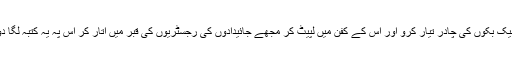
چیک بکوں کی چادر تیار کرو اور اس کے کفن میں لپیٹ کر مجھے جائیدادوں کی رجسٹریوں کی قبر میں اتار کر اس پہ یہ کتبہ لگا دو۔